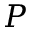
P